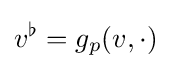
v^{\flat }=g_{p}(v,\cdot )